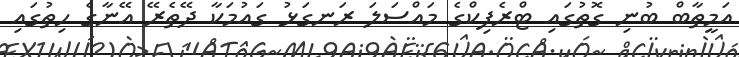
އަމީތާބް ބުނި ގޮތުގައި ޓްރެފިކްގެ މައްސަލަ ރަނގަޅު ގައުމަކާ ދޭތެރޭ އޭނާގެ ހިތުގައި